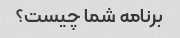
برنامه شما چیست؟